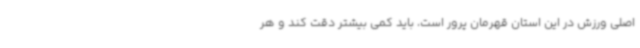
اصلی ورزش در این استان قهرمان پرور است، باید کمی بیشتر دقت کند و هر